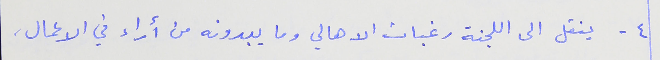
٤ - ينقل الى اللجنة رغبات الاهالي وما يبدونه من أراء في الاعمال،